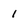
Character: 1